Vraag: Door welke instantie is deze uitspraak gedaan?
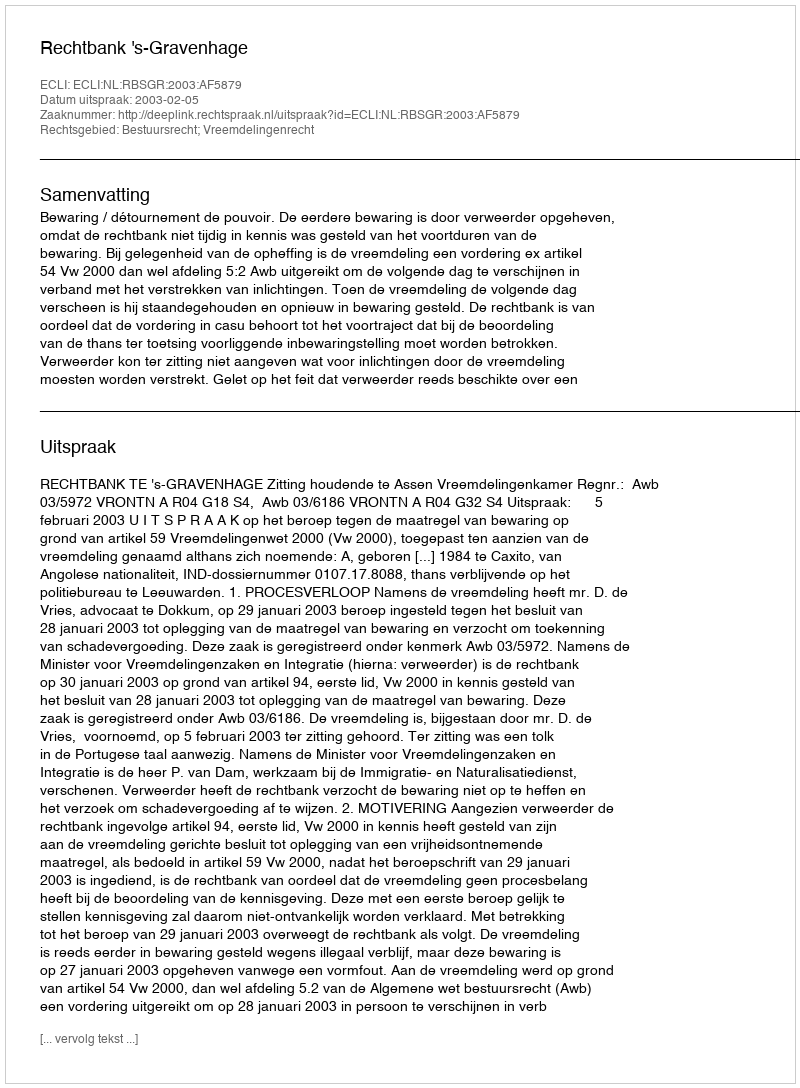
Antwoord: Rechtbank 's-Gravenhage